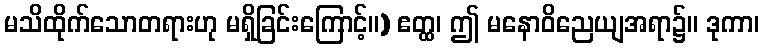
မသိထိုက်သောတရားဟု မရှိခြင်းကြောင့်။) ဧတ္ထ၊ ဤ မနောဝိညေယျအရာ၌။ ဒုကာ၊